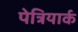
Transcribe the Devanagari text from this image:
पेत्रियार्क